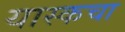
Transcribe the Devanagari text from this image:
यास्कचा